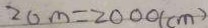
2 0 m = 2 0 0 0 ( c m )